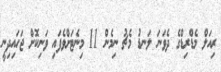
ރިއަލް މެޑްރިޑްގެ ދެވަނަ ލަނޑު މެޗު ނިމެން 11 މިނެޓަށްވެފައި ވަނިކޮށް ޖަހައިދިނީ